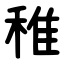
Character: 稚